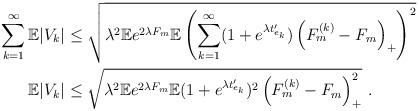
LaTeX: \begin{align*}\sum_{k=1}^\infty \mathbb{E}|V_k| &\leq \sqrt{\lambda^2 \mathbb{E}e^{2\lambda F_m} \mathbb{E} \left( \sum_{k=1}^\infty (1+e^{\lambda t_{e_k}'}) \left(F_m^{(k)} - F_m \right)_+\right)^2} \\\mathbb{E}|V_k| &\leq \sqrt{\lambda^2 \mathbb{E}e^{2\lambda F_m} \mathbb{E}(1+e^{\lambda t_{e_k}'})^2\left(F_m^{(k)} - F_m\right)_+^2} \ .\end{align*}